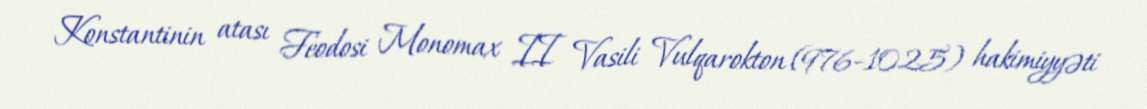
Konstantinin atası Feodosi Monomax II Vasili Vulqarokton (976–1025) hakimiyyəti